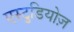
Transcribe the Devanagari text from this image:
एस्टुडियोज़